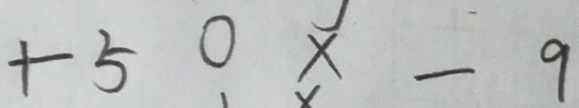
+ 5 0 x - 9